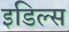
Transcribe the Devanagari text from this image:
इडिल्स